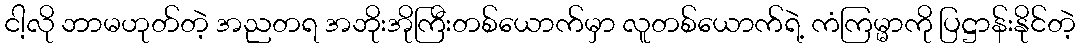
ငါ့လို ဘာမဟုတ်တဲ့ အညတရ အဘိုးအိုကြီးတစ်ယောက်မှာ လူတစ်ယောက်ရဲ့ ကံကြမ္မာကို ပြဋ္ဌာန်းနိုင်တဲ့